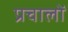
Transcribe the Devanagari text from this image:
प्रचालों